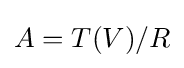
A=T(V)/R